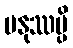
မနုဿမ္ပိ